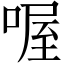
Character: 喔